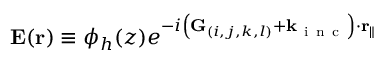
\mathbf { E } ( \mathbf { r } ) \equiv \phi _ { h } ( z ) e ^ { - i \left( \mathbf { G } _ { ( i , j , k , l ) } + \mathbf { k } _ { \mathrm { ~ i ~ n ~ c ~ } } \right) \cdot \mathbf { r } _ { \| } }